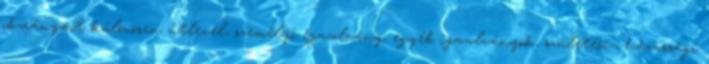
okmányait különösen: útlevél, személyi igazolvány, egyéb igazolványok, születési-, házassági